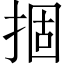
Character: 㧽